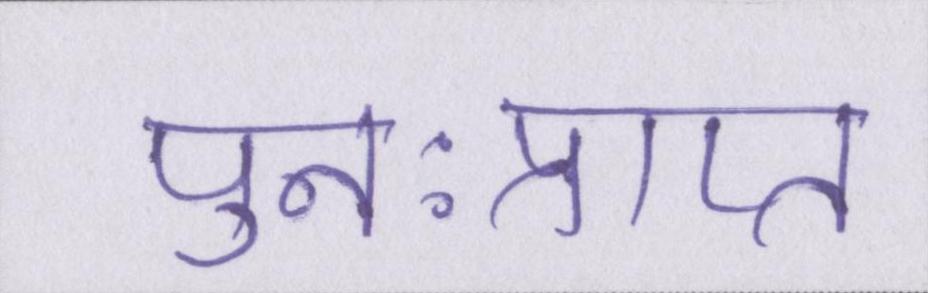
पुनःप्राप्त